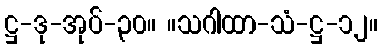
ဋ္ဌ-ဒု-အုပ်-၃၀။ ။သဂါထာ-သံ-ဋ္ဌ-၁၂။